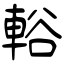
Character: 輍